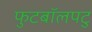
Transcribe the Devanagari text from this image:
फुटबॉलपटु